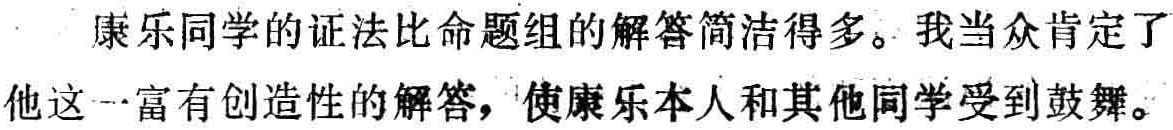
康乐同学的证法比命题组的解答简洁得多。我当众肯定了他这一富有创造性的解答，使康乐本人和其他同学受到鼓舞。